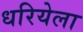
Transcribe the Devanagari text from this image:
धरियेला